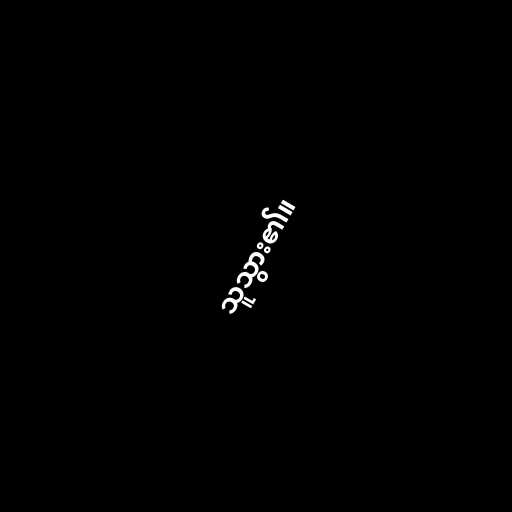
သူသွား၏။